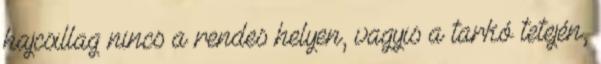
hajcsillag nincs a rendes helyen, vagyis a tarkó tetején,